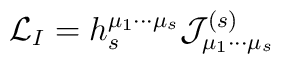
{\cal L}_{I}=h_{s}^{\mu _{1}\cdots \mu _{s}}{\cal J}_{\mu _{1}\cdots \mu_{s}}^{(s)}